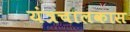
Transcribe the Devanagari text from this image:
यंत्रचालकास